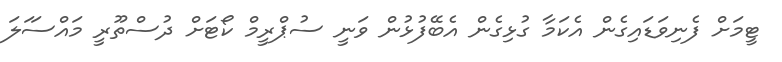
ޓީމަށް ފެނިވަޑައިގެން އެކަމާ ގުޅިގެން އެބޭފުޅުން ވަނީ ސުޕްރީމް ކޯޓަށް ދުސްތޫރީ މައްސަަލަ